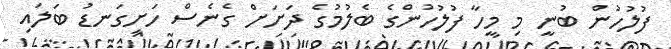
ފުލުހުން ބުނީ މި މީހާ ފުލުހުންގެ ބެލުމުގެ ދަށަށް ގެނެސް ހަށިގަނޑު ބަލައި